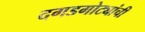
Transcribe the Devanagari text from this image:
दगडगोट्यांची